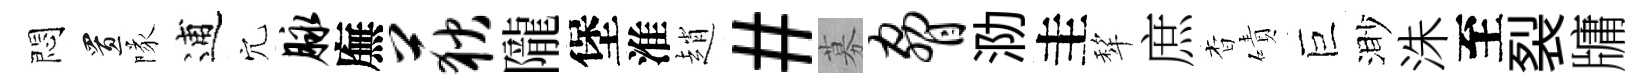
悶置隊逋穴脉廡荻隴堡淮趙#募胁泐圭犂庶杳磧巨渺洙至裂牗